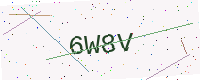
Text: 6W8V